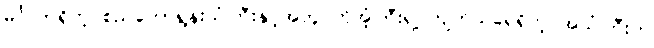
မင်္ဂလာရှိတဲ့ စည်တော်ရွန်းသံကြီးနှင့်အတူ ကိုအံ့ကြီးရဲ့ ကျက်သရေရှိတဲ့ အသံကြီးက